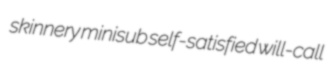
skinnery minisub self-satisfied will-call